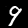
Digit: 9